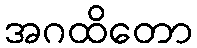
အဂထိတော